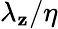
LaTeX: \lambda_{\mathbf{z}}/\eta